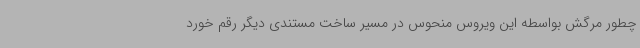
چطور مرگش بواسطه این ویروس منحوس در مسیر ساخت مستندی دیگر رقم خورد